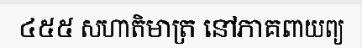
៤៥៥ សហាតិមាត្រ នៅភាគពាយព្យ